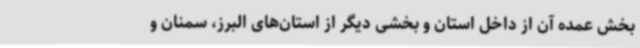
بخش عمده آن از داخل استان و بخشی دیگر از استان‌های البرز، سمنان و